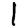
Digit: 1